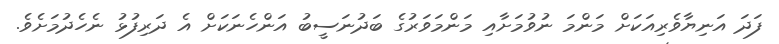
ފަދަ އަނިޔާވެރިއަކަށް މަންމަ ނުވުމަށާއި މަންމަވަރުގެ ބަދުނަސީބު އަންހެނަކަށް އެ ދަރިފުޅު ނެހެދުމަށެވެ.